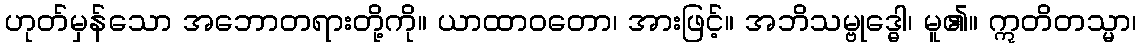
ဟုတ်မှန်သော အဘောတရားတို့ကို။ ယာထာဝတော၊ အားဖြင့်။ အဘိသမ္ဗုဒ္ဓေါ၊ မူ၏။ ဣတိတသ္မာ၊